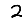
Digit: 2